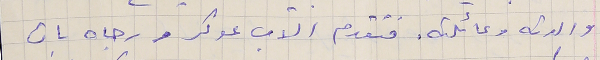
والدته وعائلته. فتقدم الآب عوكر ورجاه بان